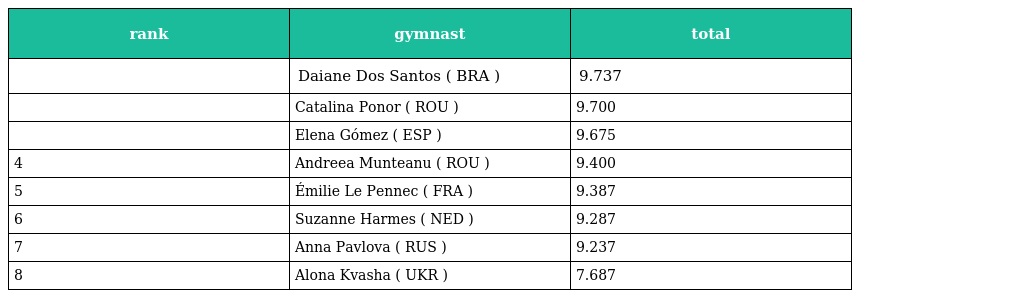
| rank | gymnast | total |
 | --- | --- | --- |
 |  | Daiane Dos Santos ( BRA ) | 9.737 |
 |  | Catalina Ponor ( ROU ) | 9.700 |
 |  | Elena Gómez ( ESP ) | 9.675 |
 | 4 | Andreea Munteanu ( ROU ) | 9.400 |
 | 5 | Émilie Le Pennec ( FRA ) | 9.387 |
 | 6 | Suzanne Harmes ( NED ) | 9.287 |
 | 7 | Anna Pavlova ( RUS ) | 9.237 |
 | 8 | Alona Kvasha ( UKR ) | 7.687 |